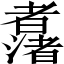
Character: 𱻯